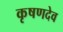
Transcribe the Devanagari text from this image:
कृषणदेव